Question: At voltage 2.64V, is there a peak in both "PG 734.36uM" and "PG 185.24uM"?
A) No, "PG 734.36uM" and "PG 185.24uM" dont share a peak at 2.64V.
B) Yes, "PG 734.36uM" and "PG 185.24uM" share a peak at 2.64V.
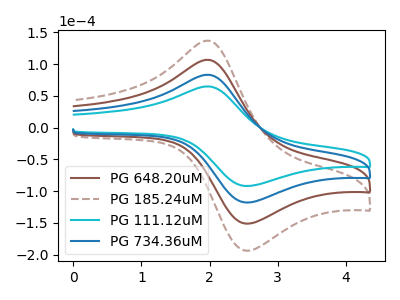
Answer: <think>The brown curve "PG 648.20uM" has an anodic peak at (2.00V, 166.50uA) and a cathodic peak at (2.55V, -235.85uA). The brown dashed curve "PG 185.24uM" has an anodic peak at (2.00V, 249.75uA) and a cathodic peak at (2.55V, -353.80uA). The cyan curve "PG 111.12uM" has an anodic peak at (2.00V, 64.95uA) and a cathodic peak at (2.55V, -91.95uA). The blue curve "PG 734.36uM" has an anodic peak at (2.00V, 83.25uA) and a cathodic peak at (2.55V, -117.95uA).</think>
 <answer>A) No, "PG 734.36uM" and "PG 185.24uM" dont share a peak at 2.64V.</answer>
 <eval>A</eval>